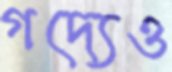
গদ্যেও